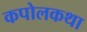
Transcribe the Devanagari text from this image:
कपोलकथा